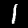
Label: 1